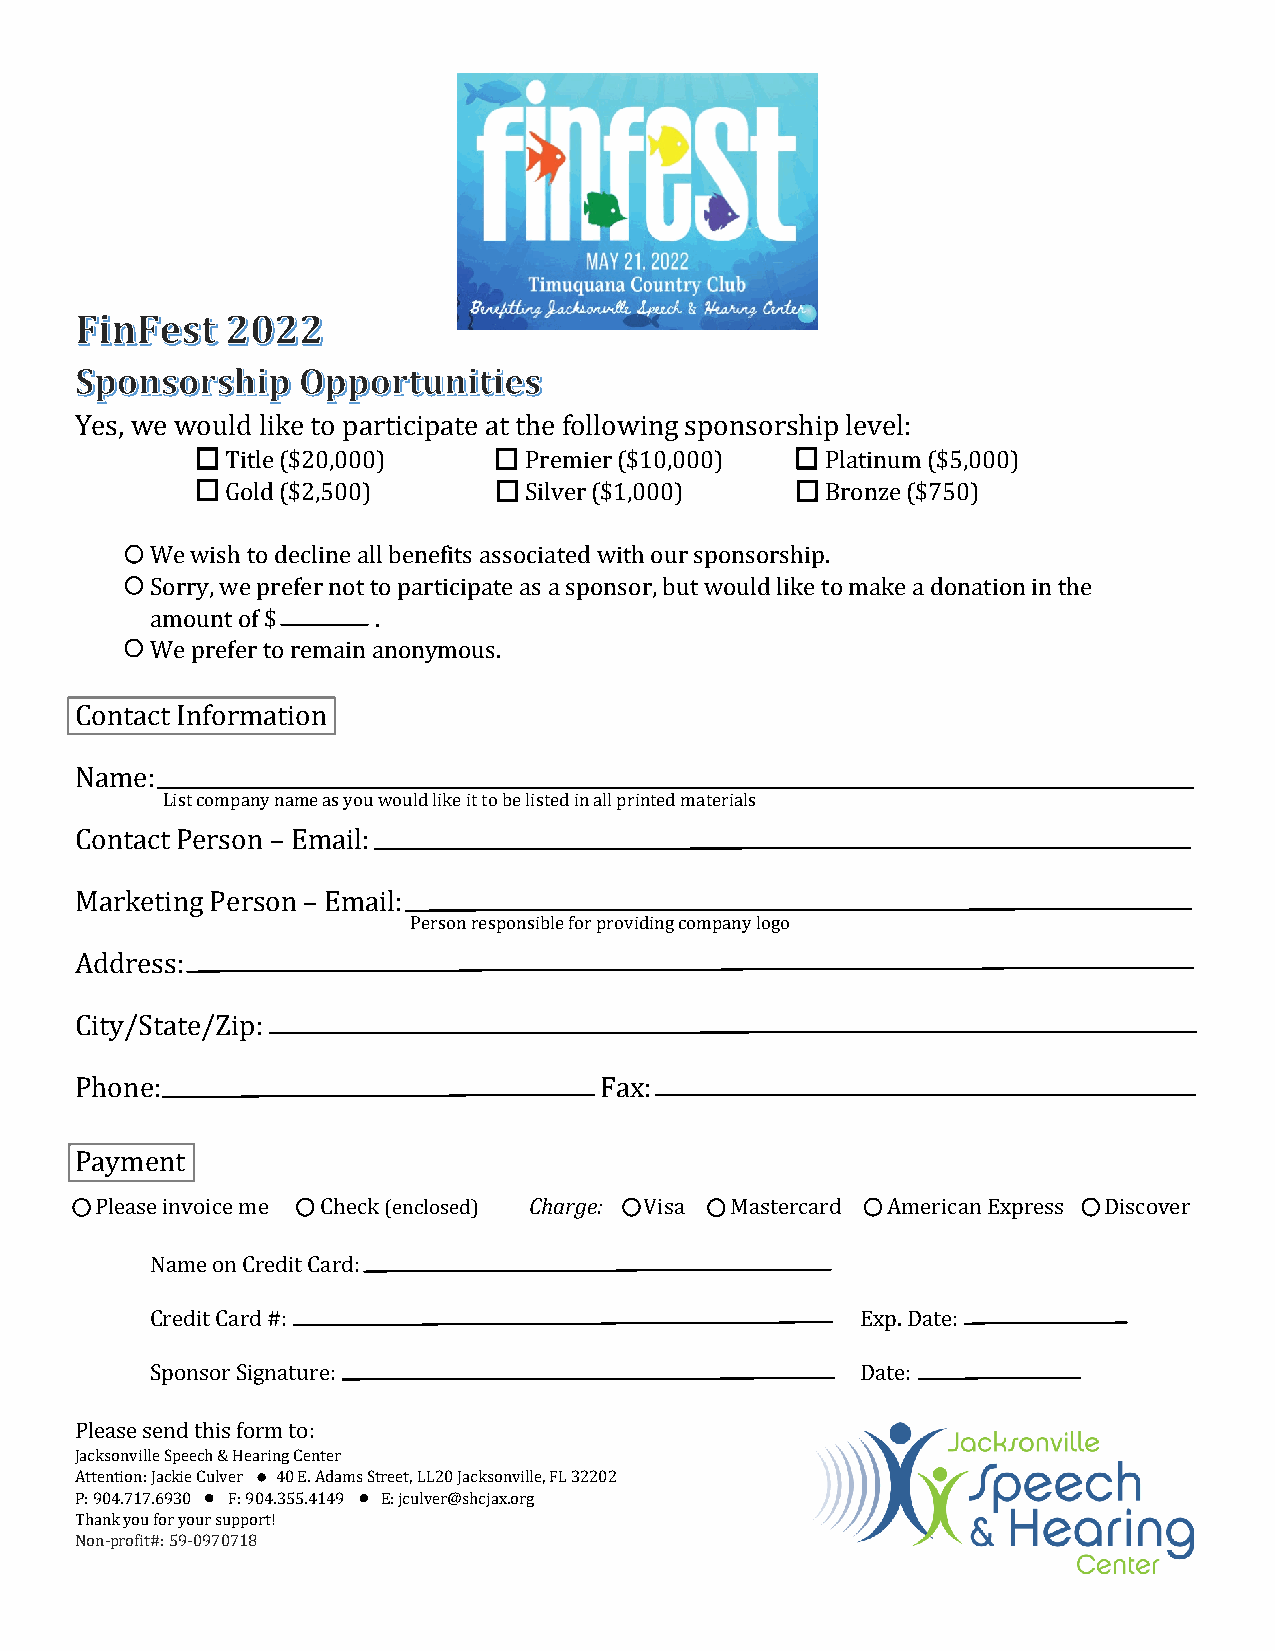
Yes, we would like to participate at the following sponsorship level:
 Title ($20,000)     Premier ($10,000)   Platinum ($5,000)
 Gold ($2,500)       Silver ($1,000)     Bronze ($750)
 We wish to decline all benefits associated with our sponsorship.
 Sorry, we prefer not to participate as a sponsor, but would like to make a donation in the
 amount of $    .
 We prefer to remain anonymous.
 Contact Information
 Name: List company name as you would like it to be listed in all printed materials
 Contact Person – Email:
 Marketing Person – Email: Person responsible for providing company logo
 Address:
 City/State/Zip:
 Phone:                             Fax:
 Charge:
 Payment
 Please invoice me Check (enclosed)   Visa Mastercard American Express Discover
 Name on Credit Card:
 Credit Card #:                                 Exp. Date:
 Sponsor Signature:                             Date:
 Please send this form to:
 Jacksonville Speech & Hearing Center
 Attention: Jackie Culver 40 E. Adams St r e et, LL20 Jacksonville, FL 32202
 P: 904.717.6930 F: 904.355.4149 E: jculver@shcjax.org
 Thank you for your support!
 Non-profit#: 59-0970718